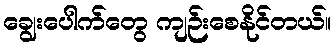
ချွေးပေါက်တွေ ကျဉ်းစေနိုင်တယ်။